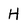
Character: H